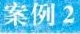
案例2